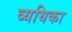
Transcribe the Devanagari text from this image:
व्ययिका